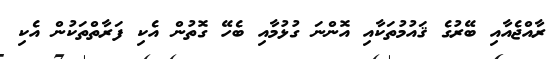
ރާއްޖެއާއި ބޭރުގެ ޤައުމުތަކާއި އޮންނަ ގުޅުމާއި ބެހޭ ގޮތުން އެކި ފަރާތްތަކުން އެކި